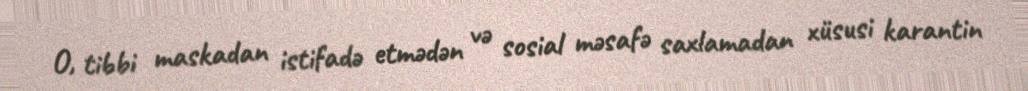
O, tibbi maskadan istifadə etmədən və sosial məsafə saxlamadan xüsusi karantin